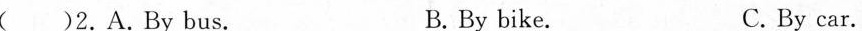
( )2.A.By bus. B.By bike. C.By car.